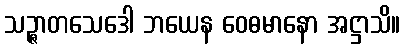
သဉ္ဇာတသေဒေါ ဘယေန ဝေဓမာနော အဋ္ဌာသိ။